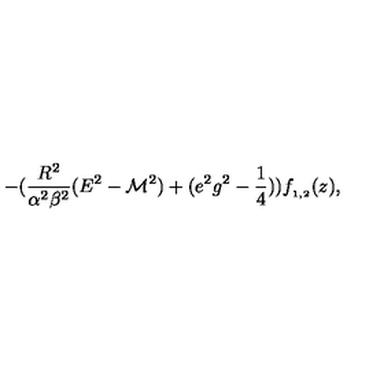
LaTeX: - ( \frac { R ^ { 2 } } { \alpha ^ { 2 } \beta ^ { 2 } } ( E ^ { 2 } - { \cal M } ^ { 2 } ) + ( e ^ { 2 } g ^ { 2 } - \frac { 1 } { 4 } ) ) f _ { _ { 1 , 2 } } ( z ) ,